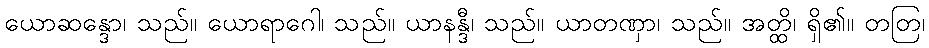
ယောဆန္ဒော၊ သည်။ ယောရာဂေါ၊ သည်။ ယာနန္ဒီ၊ သည်။ ယာတဏှာ၊ သည်။ အတ္ထိ၊ ရှိ၏။ တတြ၊